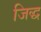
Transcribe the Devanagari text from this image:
जिद्ध